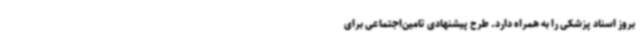
بروز اسناد پزشکی را به همراه دارد. طرح پیشنهادی تامین‌اجتماعی برای